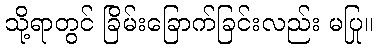
သို့ရာတွင် ခြိမ်းခြောက်ခြင်းလည်း မပြု။